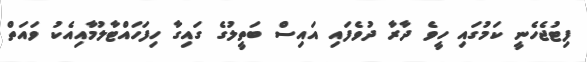
ފިޓުޖެހެނީ ކަމުގައި ހީވެ ދާރާ ދުވެފައި އައިސް ބަތީލުގެ ގައިގާ ހިފަހައްޓާލުމާއިއެކު ވައަތް